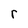
Character: r